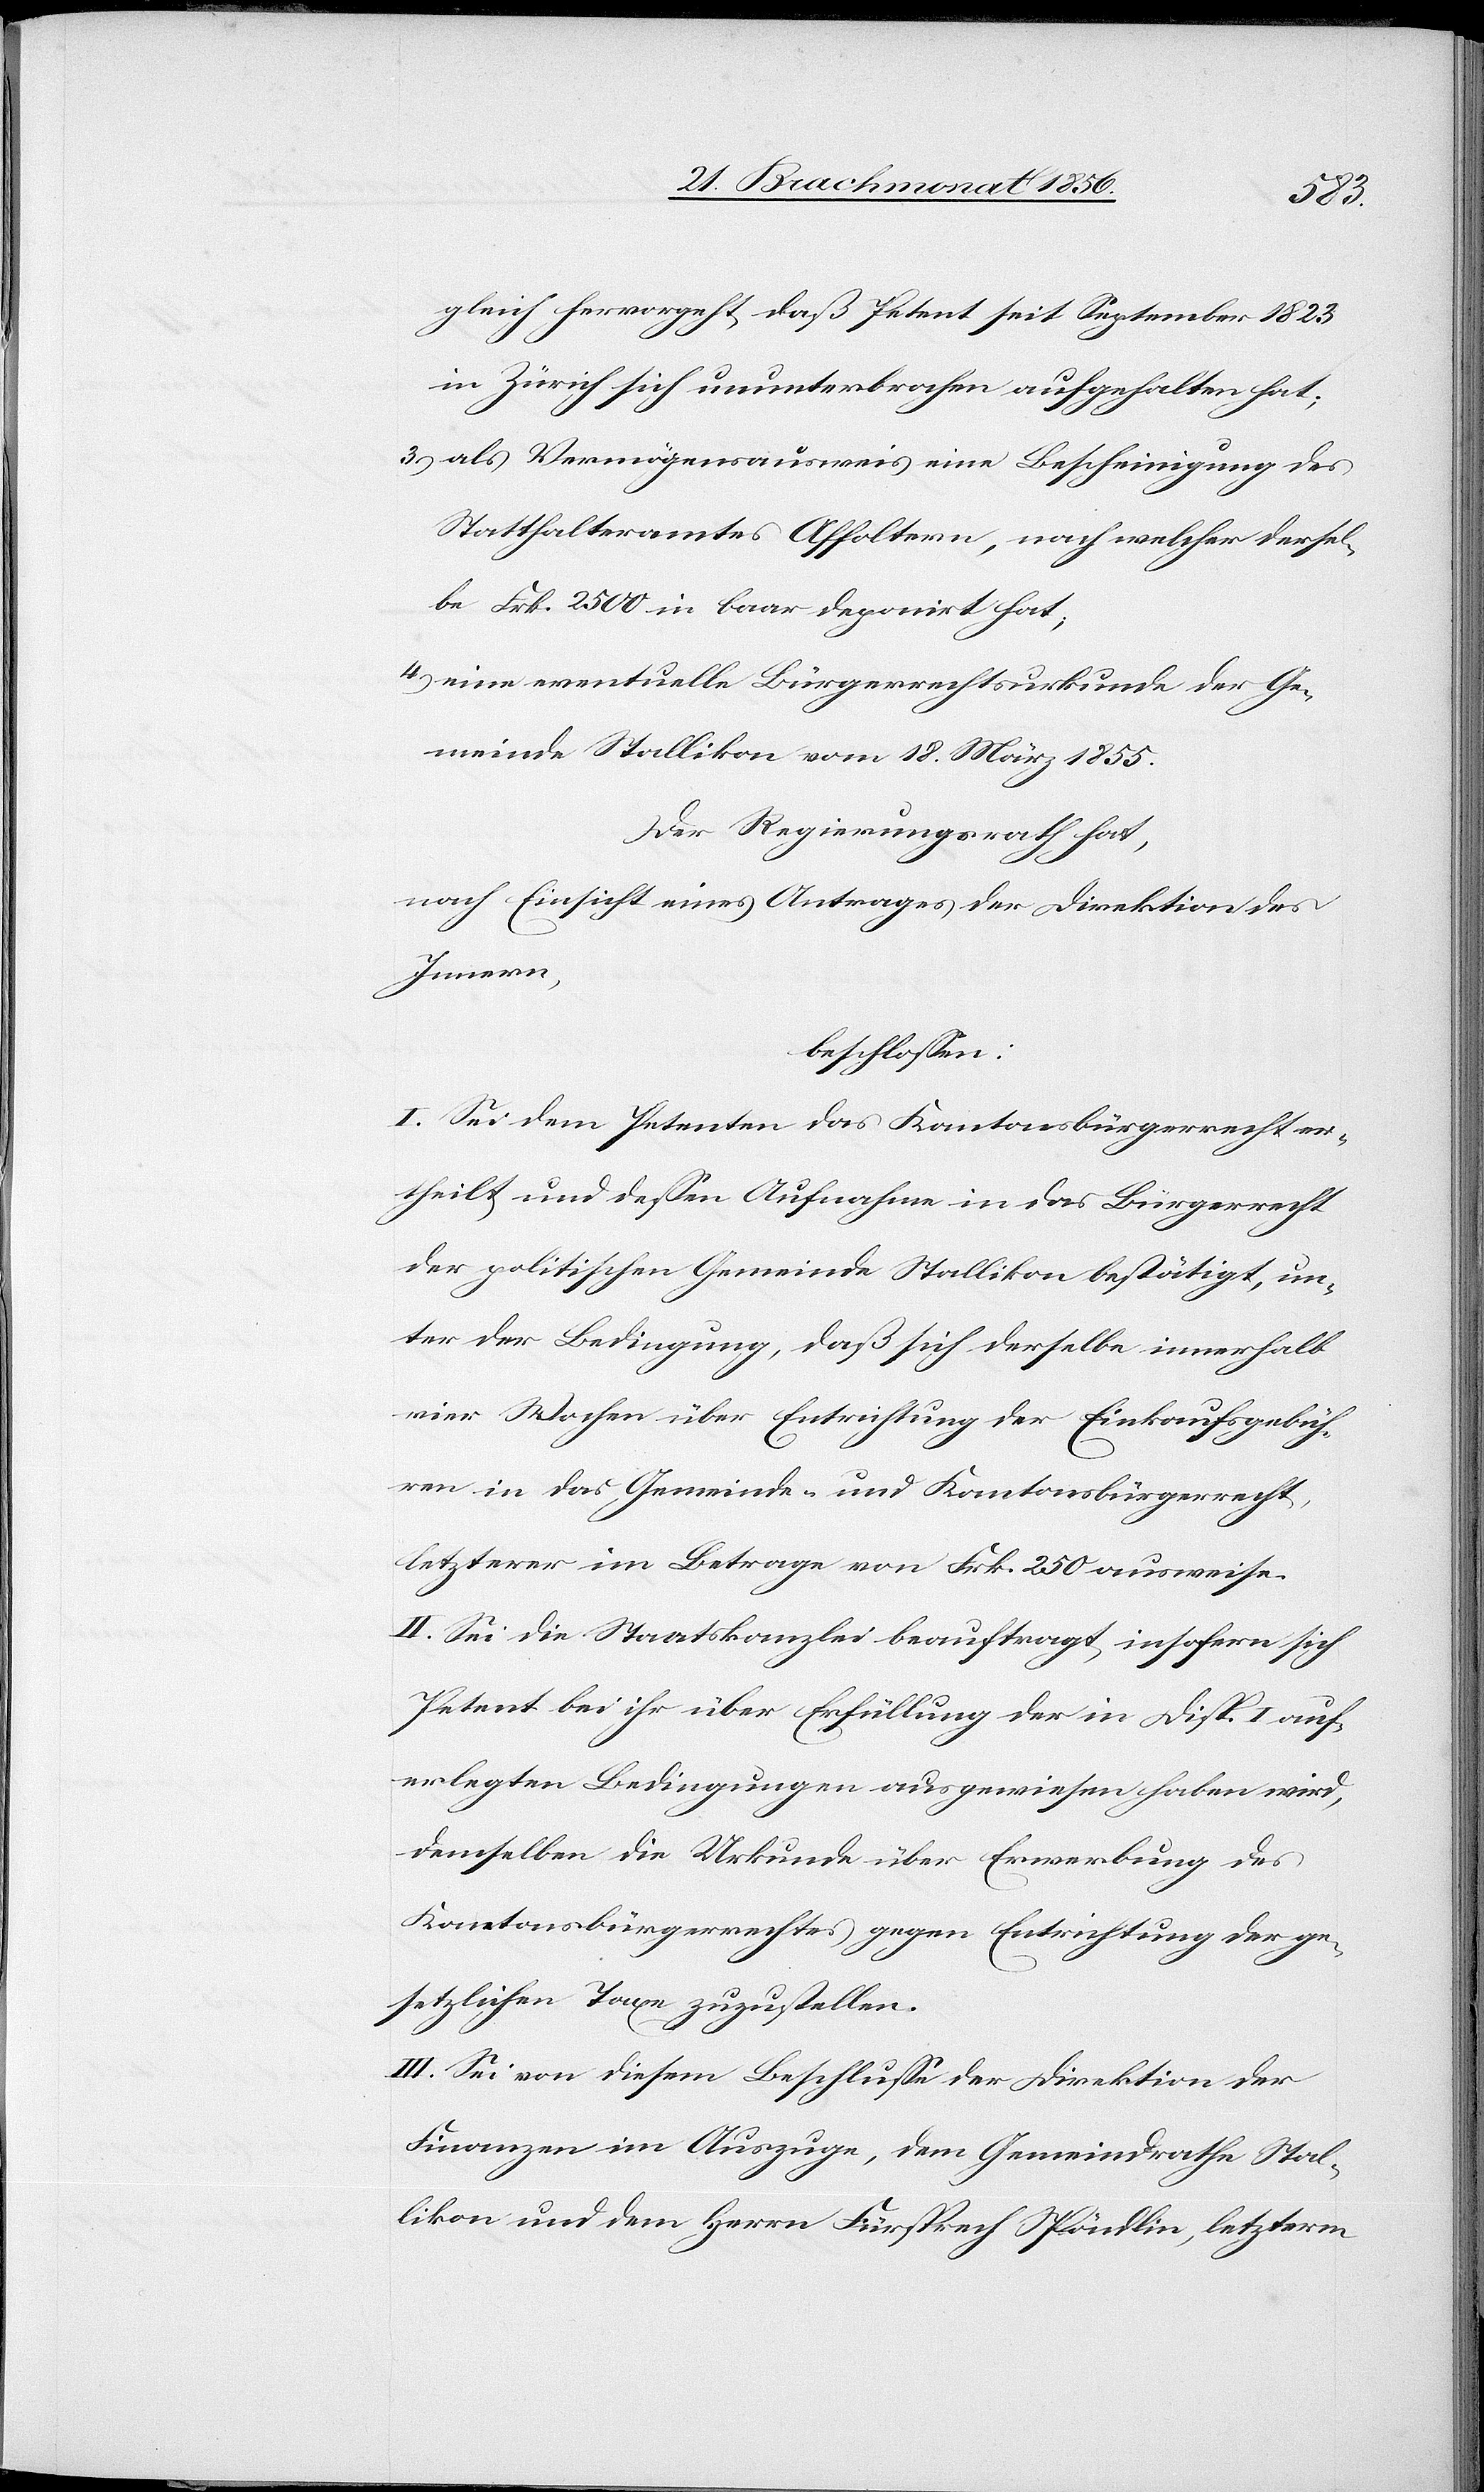
gleich hervorgeht, daß Petent seit September 1823
in Zürich sich ununterbrochen aufgehalten hat;
3.) als Vermögensausweis eine Bescheinigung des
Statthalteramtes Affoltern, nach welcher dersel¬
be Frk. 2500 in baar deponirt hat;
4.) eine eventuelle Bürgerrechtsurkunde der Ge¬
meinde Stallikon vom 18. März 1855.
Der Regierungsrath hat,
nach Einsicht eines Antrages der Direktion des
Innern,
beschlossen:
I. Sei dem Petenten das Kantonsbürgerrecht er¬
theilt und dessen Aufnahme in das Bürgerrecht
der politischen Gemeinde Stallikon bestätigt, un¬
ter der Bedingung, daß sich derselbe innerhalb
vier Wochen über Entrichtung der Einkaufsgebüh¬
ren in das Gemeinde- und Kantonsbürgerrecht,
letzterer im Betrage von Frk. 250 ausweise.
II. Sei die Staatskanzlei beauftragt, insofern sich
Petent bei ihr über Erfüllung der in Disp. I auf¬
erlegten Bedingungen ausgewiesen haben wird,
demselben die Urkunde über Erwerbung des
Kantonsbürgerrechtes gegen Entrichtung der ge¬
setzlichen Taxe zuzustellen.
III. Sei von diesem Beschlusse der Direktion der
Finanzen im Auszuge, dem Gemeindrathe Stal¬
likon und dem Herrn Fürsprech Spöndlin, letzterm